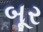
બૂર